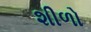
શીળો